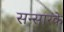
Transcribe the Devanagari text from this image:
सन्सारके